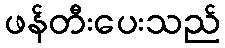
ဖန်တီးပေးသည်